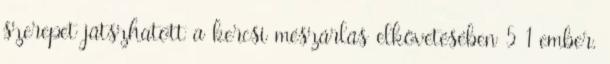
szerepet játszhatott a kercsi mészárlás elkövetésében 5 1 ember,